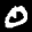
Label: 0